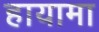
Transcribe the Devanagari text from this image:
हायामा